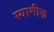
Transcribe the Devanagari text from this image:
स्यामीज़